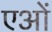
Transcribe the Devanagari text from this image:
एओं